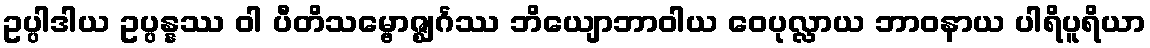
ဥပ္ပါဒါယ ဥပ္ပန္နဿ ဝါ ပီတိသမ္ဗောဇ္ဈင်္ဂဿ ဘိယျောဘာဝါယ ဝေပုလ္လာယ ဘာဝနာယ ပါရိပူရိယာ